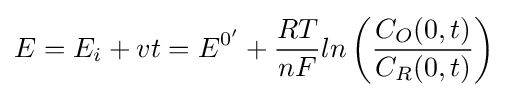
E=E_{i}+vt=E^{0'}+{\frac {RT}{nF}}ln\left({\frac {C_{O}(0,t)}{C_{R}(0,t)}}\right)